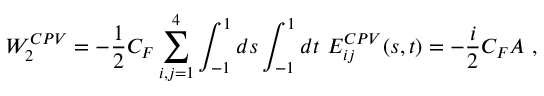
{ \cal W } _ { 2 } ^ { C P V } = - { \frac { 1 } { 2 } } C _ { F } \sum _ { i , j = 1 } ^ { 4 } \int _ { - 1 } ^ { 1 } d s \int _ { - 1 } ^ { 1 } d t \ E _ { i j } ^ { C P V } ( s , t ) = - { \frac { i } { 2 } } C _ { F } A \ ,